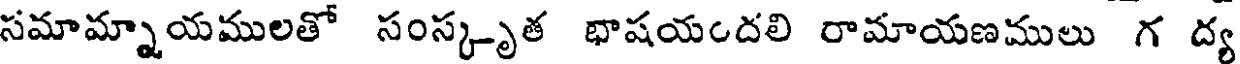
సమామ్నాయములతో సంస్కృత భాషయందలి రామాయణములు గ ద్య